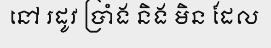
នៅ រដូវ ប្រាំង និង មិន ដែល